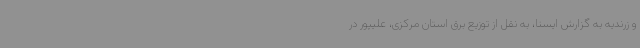
و زرندیه به گزارش ایسنا، به نقل از توزیع برق استان مرکزی، علیپور در